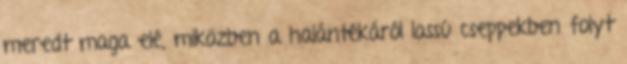
meredt maga elé, miközben a halántékáról lassú cseppekben folyt